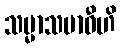
သမ္မာသမာဓီဟိ